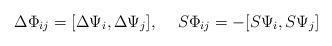
LaTeX: \begin{align*}\Delta \Phi_{ij} = [\Delta \Psi_i ,\Delta \Psi_j ], \rule{0.5cm}{0cm} S \Phi_{ij} = -[S \Psi_i ,S \Psi_j ] \end{align*}